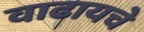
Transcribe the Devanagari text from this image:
वाढायचे